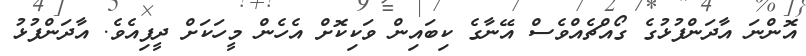
އޮންނަ އާދަންފުޅުގެ ގޯއްޗެއްވެސް އޭނާގެ ކިބައިން ވަކިކޮށް އެހެން މީހަކަށް ދީފިއެވެ. އާދަންފުޅު